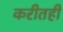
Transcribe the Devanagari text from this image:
करीतही